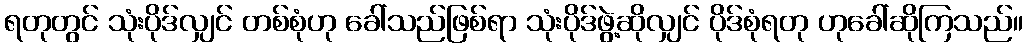
ရတုတွင် သုံးပိုဒ်လျှင် တစ်စုံဟု ခေါ်သည်ဖြစ်ရာ သုံးပိုဒ်ဖွဲ့ဆိုလျှင် ပိုဒ်စုံရတု ဟုခေါ်ဆိုကြသည်။